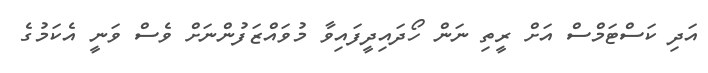
އަދި ކަސްޓަމްސް އަށް ރީތި ނަން ހޯދައިދީފައިވާ މުވައްޒަފުންނަށް ވެސް ވަނީ އެކަމުގެ